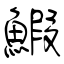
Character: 鰕